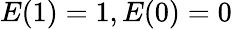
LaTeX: E(1)=1,E(0)=0